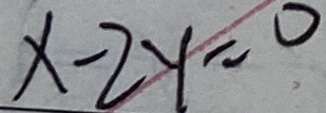
x - 2 y = 0